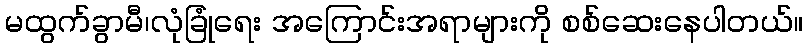
မထွက်ခွာမီ၊လုံခြုံရေး အကြောင်းအရာများကို စစ်ဆေးနေပါတယ်။